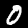
Label: 0